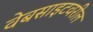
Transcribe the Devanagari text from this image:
वेबसाइटवरील